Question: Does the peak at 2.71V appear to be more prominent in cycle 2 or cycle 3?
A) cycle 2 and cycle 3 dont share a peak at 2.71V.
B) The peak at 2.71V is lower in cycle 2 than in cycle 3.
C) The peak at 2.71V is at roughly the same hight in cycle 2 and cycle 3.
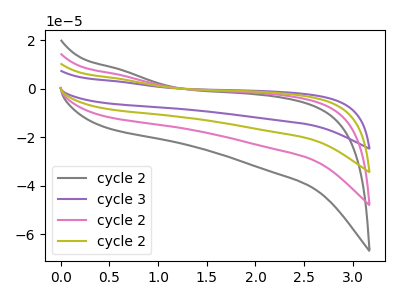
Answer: <think>The gray curve "cycle 2" has no peaks. The purple curve "cycle 3" has no peaks. The pink curve "cycle 2" has no peaks. The olive curve "cycle 2" has no peaks.</think>
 <answer>A) "cycle 2" and "cycle 3" dont share a peak at 2.71V.</answer>
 <eval>A</eval>